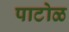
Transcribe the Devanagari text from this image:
पाटोळ